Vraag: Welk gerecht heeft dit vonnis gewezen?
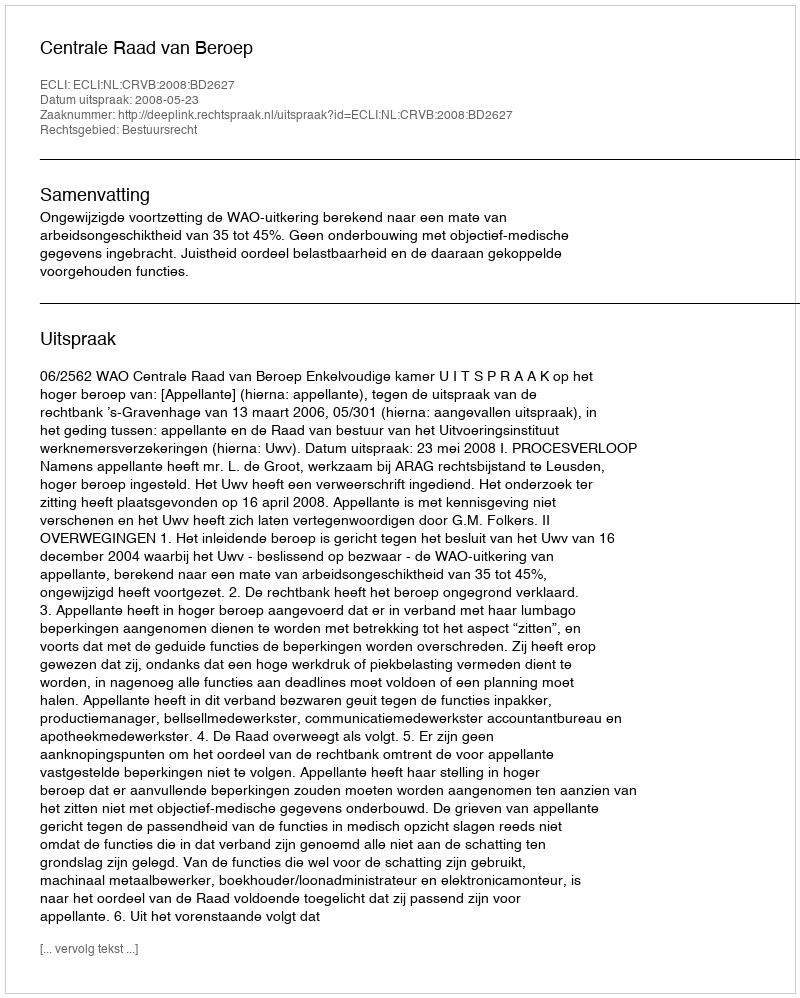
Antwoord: Centrale Raad van Beroep